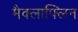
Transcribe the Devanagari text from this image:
मैक्लाफ्लिन